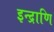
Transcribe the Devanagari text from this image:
इन्द्राणि